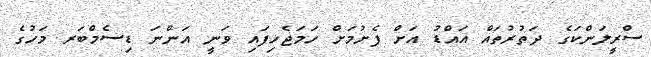
ސްރީލަންކަގެ ދަތުރުތައް އައްޑު އަށް ފެށުމަށް ހަމަޖެހިފައި ވަނީ އަންނަ ޑިސެމްބަރ މަހުގެ